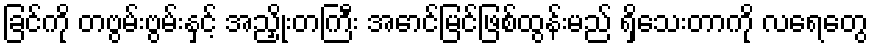
ခြင်ကို တဗွမ်းဗွမ်းနှင့် အညှိုးတကြီး အောင်မြင်ဖြစ်ထွန်းမည် ရှိသေးတာကို လရေတွေ